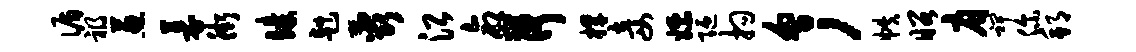
循祸葱募街臻赳蕊沿命荷捍妾嫖陋拘会，帙昭肩裨你邦